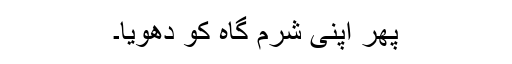
پھر اپنی شرم گاہ کو دھویا۔